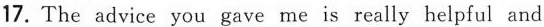
17. The advice you gave me is really helpful and